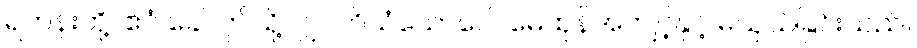
ရဟန်းတို့။ ဧဝံ ခေါ၊ ဤသို့လျှင်။ ဝိသံယောဂေါ၊ မေထုန်အကျင့်နှင့် မယှသ်ခြင်းသည်။